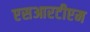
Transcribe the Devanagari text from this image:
एसआरटीएम